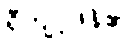
ရှီကျင့်ဖိန်၏